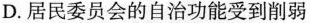
D.居民委员会的自治功能受到削弱